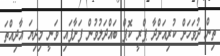
ތިން ދުވަހަށް ކުރިއަށްދާ ޕްރީ ކޮޕް ބައްދަލުވުން ފަށާފައި ވަނީ މިދިޔަ އާދިއްތަ